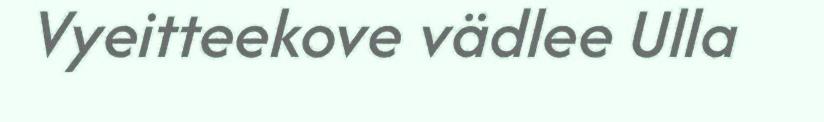
Vyeitteekove vädlee Ulla